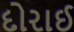
દોરાઈ